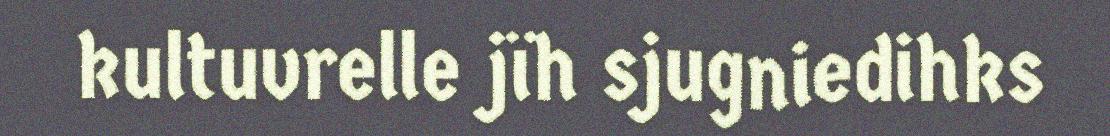
kultuvrelle jïh sjugniedihks